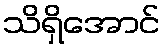
သိရှိအောင်